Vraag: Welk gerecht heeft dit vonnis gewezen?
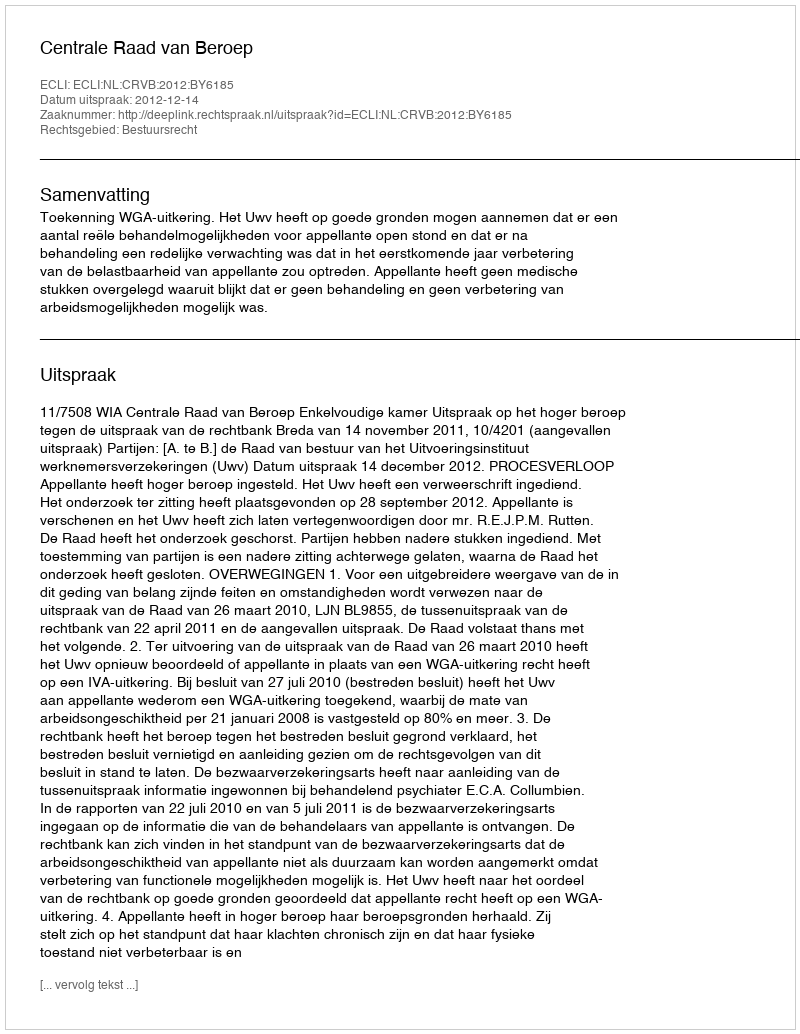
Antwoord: Centrale Raad van Beroep